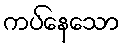
ကပ်နေသော